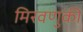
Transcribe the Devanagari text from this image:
मिरवणुकी